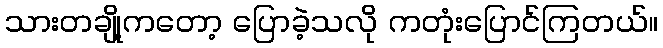
သားတချို့ကတော့ ပြောခဲ့သလို ကတုံးပြောင်ကြတယ်။